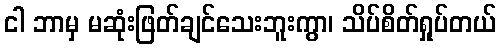
ငါ ဘာမှ မဆုံးဖြတ်ချင်သေးဘူးကွာ၊ သိပ်စိတ်ရှုပ်တယ်